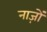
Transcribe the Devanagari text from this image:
नाज़ों